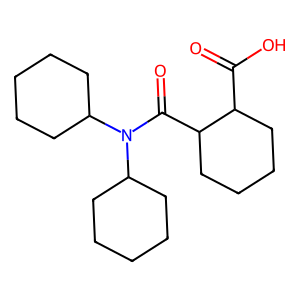
SMILES: O=C(O)C1CCCCC1C(=O)N(C1CCCCC1)C1CCCCC1
Inhibits HIV replication: No